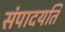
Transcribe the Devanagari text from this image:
संपादयति